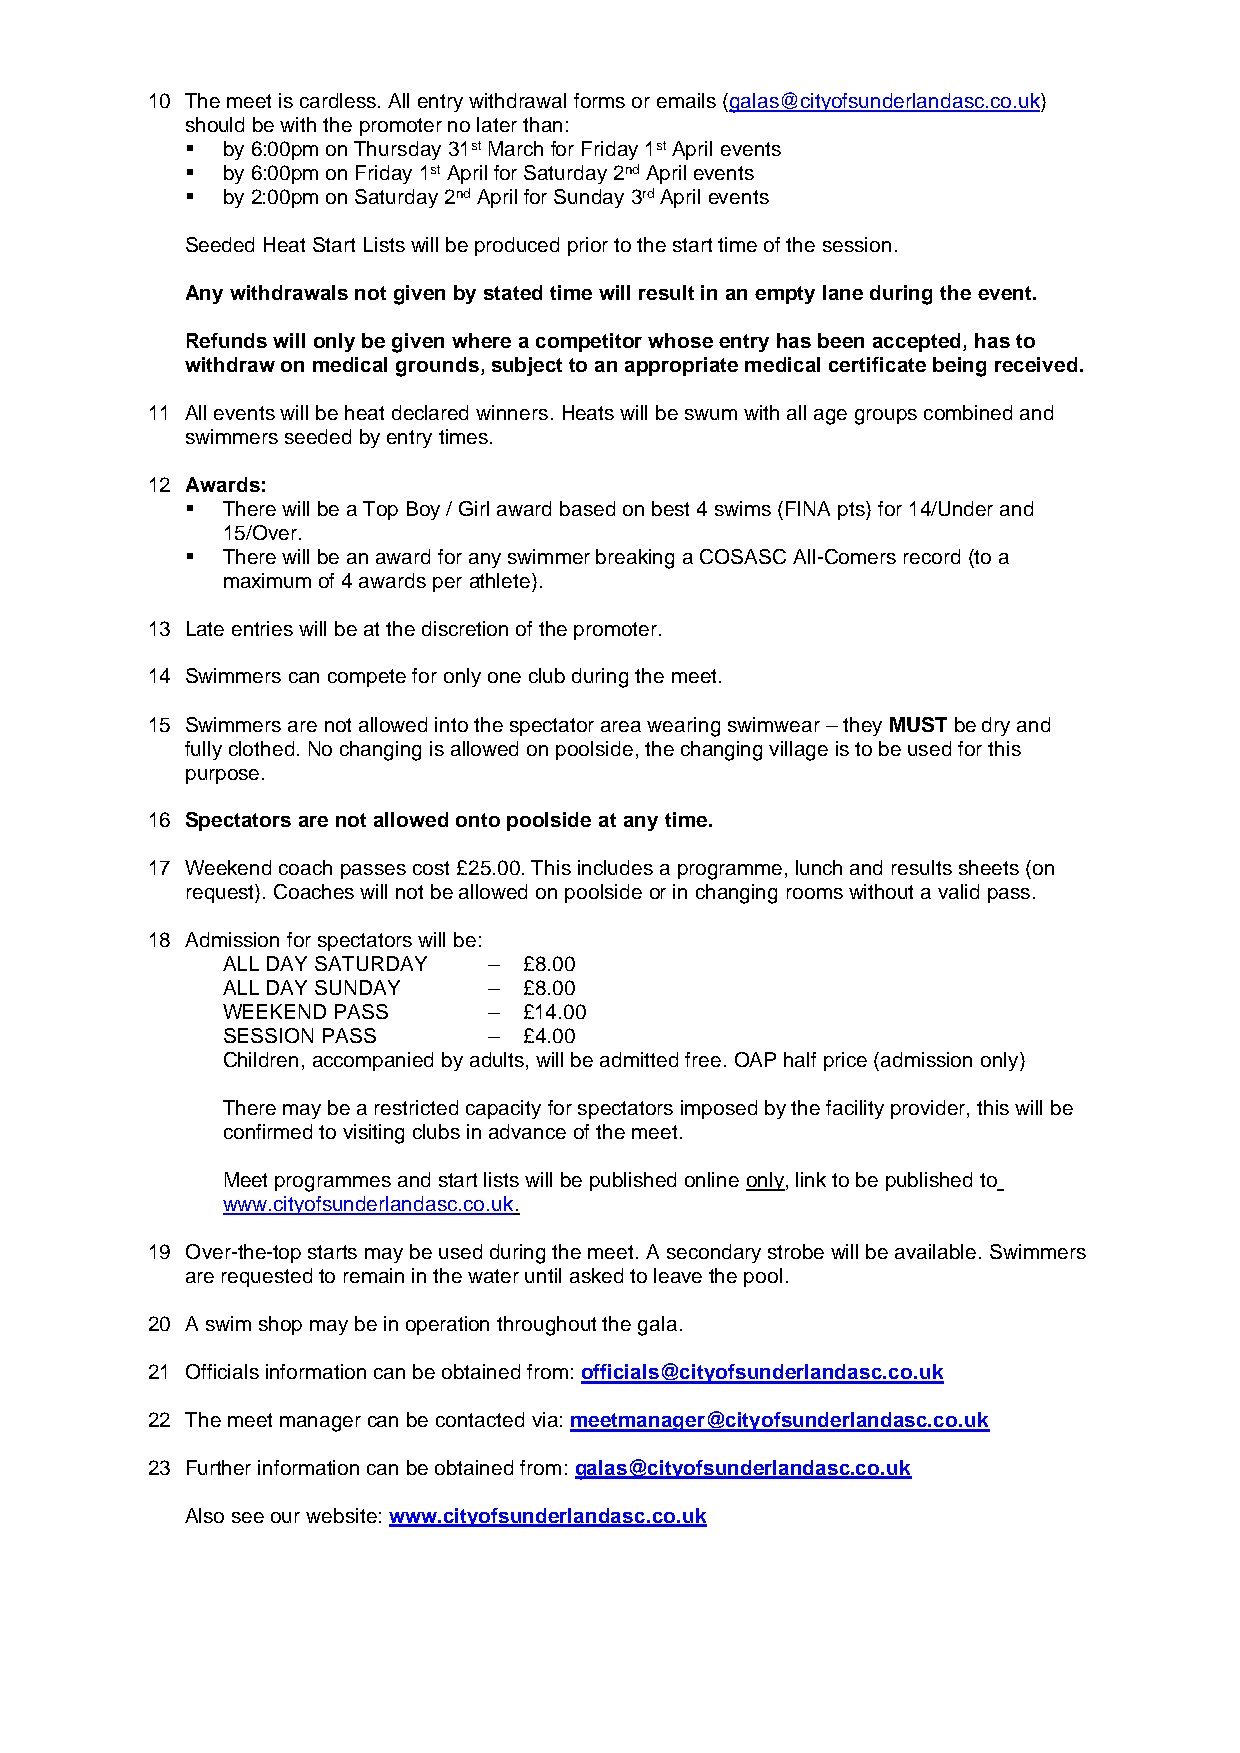
10 The meet is cardless. All entry withdrawal forms or emails (galas@cityofsunderlandasc.co.uk)
 should be with the promoter no later than:
 ▪  by 6:00pm on Thursday 31st March for Friday 1st April events
 ▪  by 6:00pm on Friday 1st April for Saturday 2nd April events
 ▪  by 2:00pm on Saturday 2nd April for Sunday 3rd April events
 Seeded Heat Start Lists will be produced prior to the start time of the session.
 Any withdrawals not given by stated time will result in an empty lane during the event.
 Refunds will only be given where a competitor whose entry has been accepted, has to
 withdraw on medical grounds, subject to an appropriate medical certificate being received.
 11 All events will be heat declared winners. Heats will be swum with all age groups combined and
 swimmers seeded by entry times.
 12 Awards:
 ▪  There will be a Top Boy / Girl award based on best 4 swims (FINA pts) for 14/Under and
 15/Over.
 ▪  There will be an award for any swimmer breaking a COSASC All-Comers record (to a
 maximum of 4 awards per athlete).
 13 Late entries will be at the discretion of the promoter.
 14 Swimmers can compete for only one club during the meet.
 15 Swimmers are not allowed into the spectator area wearing swimwear – they MUST be dry and
 fully clothed. No changing is allowed on poolside, the changing village is to be used for this
 purpose.
 16 Spectators are not allowed onto poolside at any time.
 17 Weekend coach passes cost £25.00. This includes a programme, lunch and results sheets (on
 request). Coaches will not be allowed on poolside or in changing rooms without a valid pass.
 18 Admission for spectators will be:
 ALL DAY SATURDAY –  £8.00
 ALL DAY SUNDAY   –  £8.00
 WEEKEND PASS     –  £14.00
 SESSION PASS     –  £4.00
 Children, accompanied by adults, will be admitted free. OAP half price (admission only)
 There may be a restricted capacity for spectators imposed by the facility provider, this will be
 confirmed to visiting clubs in advance of the meet.
 Meet programmes and start lists will be published online only, link to be published to
 www.cityofsunderlandasc.co.uk.
 19 Over-the-top starts may be used during the meet. A secondary strobe will be available. Swimmers
 are requested to remain in the water until asked to leave the pool.
 20 A swim shop may be in operation throughout the gala.
 21 Officials information can be obtained from: officials@cityofsunderlandasc.co.uk
 22 The meet manager can be contacted via: meetmanager@cityofsunderlandasc.co.uk
 23 Further information can be obtained from: galas@cityofsunderlandasc.co.uk
 Also see our website: www.cityofsunderlandasc.co.uk